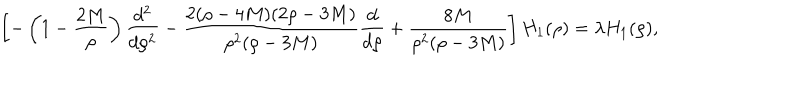
\left[ - \left( 1 - \frac { 2 M } { \rho } \right) \frac { d ^ { 2 } } { d \rho ^ { 2 } } - \frac { 2 ( \rho - 4 M ) ( 2 \rho - 3 M ) } { \rho ^ { 2 } ( \rho - 3 M ) } \frac { d } { d \rho } + \frac { 8 M } { \rho ^ { 2 } ( \rho - 3 M ) } \right] H _ { 1 } ( \rho ) = \lambda H _ { 1 } ( \rho ) ,